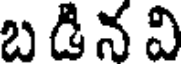
బ డి న వి